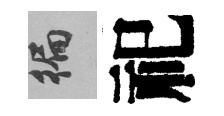
徧祀